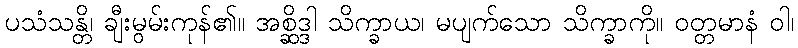
ပသံသန္တိ၊ ချီးမွမ်းကုန်၏။ အစ္ဆိဒ္ဒါ သိက္ခာယ၊ မပျက်သော သိက္ခာကို။ ဝတ္တမာနံ ဝါ၊